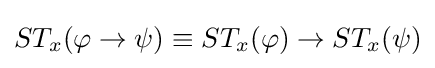
ST_{x}(\varphi \rightarrow \psi )\equiv ST_{x}(\varphi )\rightarrow ST_{x}(\psi )